Lunatic asylums Bombay report 1891-1903 - 1891-1903
Year: 1891
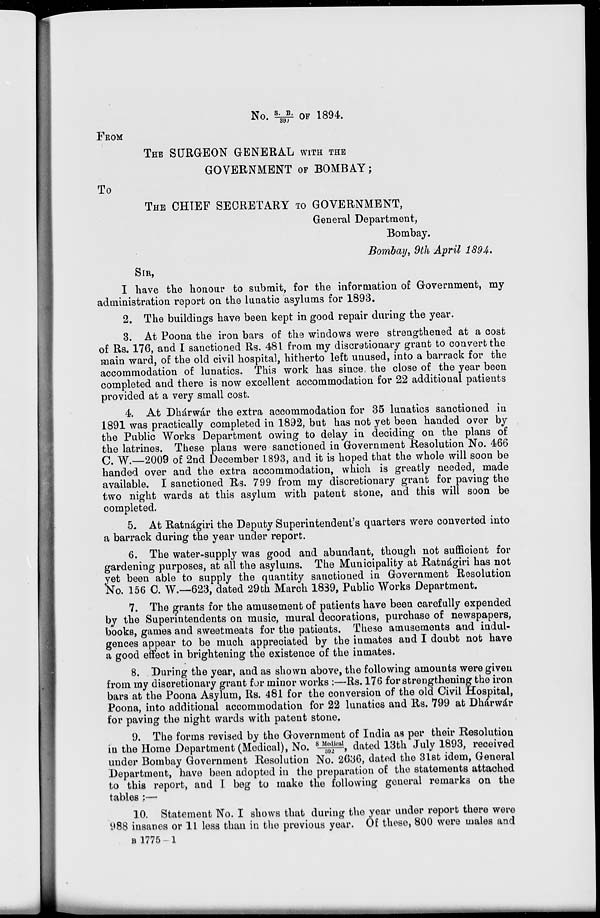
No. S. B./390 OF 1894.
FROM
THE SURGEON GENERAL WITH THE
GOVERNMENT OF BOMBAY;
To
THE CHIEF SECRETARY TO GOVERNMENT,
General Department,
Bombay.
Bombay, 9th April 1894.
SIR,
I have the honour to submit, for the information of Government, my
administration report on the lunatic asylums for 1893.
2. The buildings have been kept in good repair during the year.
3. At Poona the iron bars of the windows were strengthened at a cost
of Rs. 176, and I sanctioned Rs. 481 from my discretionary grant to convert the
main ward, of the old civil hospital, hitherto left unused, into a barrack for the
accommodation of lunatics. This work has since the close of the year been
completed and there is now excellent accommodation for 22 additional patients
provided at a very small cost.
4. At Dhárwár the extra accommodation for 35 lunatics sanctioned in
1891 was practically completed in 1892, but has not yet been handed over by
the Public Works Department owing to delay in deciding on the plans of
the latrines. These plans were sanctioned in Government Resolution No. 466
C. W.—2009 of 2nd December 1893, and it is hoped that the whole will soon be
handed over and the extra accommodation, which is greatly needed, made
available. I sanctioned Rs. 799 from my discretionary grant for paying the
two night wards at this asylum with patent stone, and this will soon be
completed.
5. At Ratnágiri the Deputy Superintendent's quarters were converted into
a barrack during the year under report.
6. The water-supply was good and abundant, though not sufficient for
gardening purposes, at all the asylums. The Municipality at Ratnágiri has not
yet been able to supply the quantity sanctioned in Government Resolution
No. 156 C. W.—623, dated 29th March 1839, Public Works Department.
7. The grants for the amusement of patients have been carefully expended
by the Superintendents on music, mural decorations, purchase of newspapers,
books, games and sweetmeats for the patients. These amusements and indul-
gences appear to be much appreciated by the inmates and I doubt not have
a good effect in brightening the existence of the inmates.
8. During the year, and as shown above, the following amounts were given
from my discretionary grant for minor works :—Rs. 176 for strengthening the iron
bars at the Poona Asylum, Rs. 481 for the conversion of the old Civil Hospital,
Poona, into additional accommodation for 22 lunatics and Rs. 799 at Dhárwár
for paying the night wards with patent stone.
9. The forms revised by the Government of India as per their Resolution
in the Home Department (Medical), No. 8 Medi cal / 392, dated 13th July 1893, received
under Bombay Government Resolution No. 2636, dated the 31st idem, General
Department, have been adopted in the preparation of the statements attached
to this report, and I beg to make the following general remarks on the
tables :—
10. Statement No. I shows that during the year under report there were
988 insanes or 11 less than in the previous year. Of these, 800 were males and
B 1775 — 1